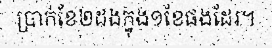
ប្រាក់ខែ២ដងក្នុង១ខែផងដែរ។